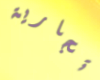
تجارية